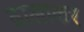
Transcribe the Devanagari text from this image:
ढालाकर